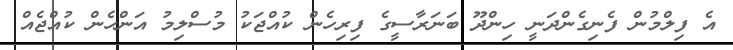
އެ ފިލްމުން ފެނިގެންދަނީ ހިންދޫ ބަނަރާސީގެ ފިރިހެން ކުއްޖަކު މުސްލިމު އަންހެން ކުއްޖެއް